Problem: 9 × 4 = ?
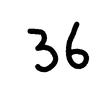
Handwritten answer: 36